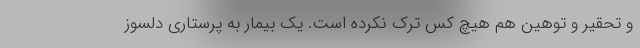
و تحقیر و توهین هم هیچ کس ترک نکرده است. یک بیمار به پرستاری دلسوز